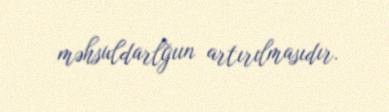
məhsuldarlğıın artırılmasıdır.